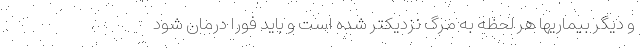
و دیگر بیماریها هر لحظه به مرگ نزدیکتر شده است و باید فورا درمان شود